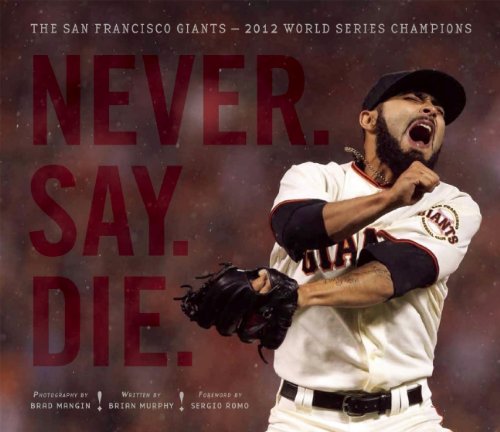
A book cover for Never. Say. Die.: The San Francisco Giants EE 2012 World Series Champions; Brian Murphy; Arts & Photography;